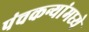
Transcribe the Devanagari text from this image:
पंचकन्यांमध्ये